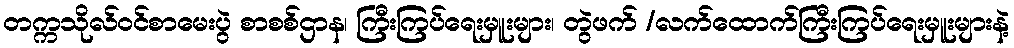
တက္ကသိုလ်ဝင်စာမေးပွဲ စာစစ်ဌာန၊ ကြီးကြပ်ရေးမှူးများ၊ တွဲဖက် /လက်ထောက်ကြီးကြပ်ရေးမှူးများနဲ့